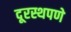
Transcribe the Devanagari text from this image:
दूरस्थपणे